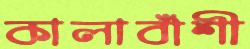
কালাবাঁশী